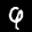
Label: 9